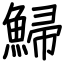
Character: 鯞